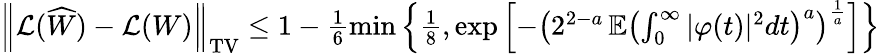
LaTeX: \begin{array}{r}{\left\| \mathcal{L}(\widehat{W})-\mathcal{L}(W)\right\| _{\mathrm{TV}}\leq 1-\frac{1}{6}\operatorname*{min}\left\{ \frac{1}{8},\exp\left[-\left(2^{2-a}\, \mathbb{E}\left(\int_{0}^{\infty}|\varphi(t)|^{2}dt\right)^{a}\right)^{\frac{1}{a}}\right]\right\} }\end{array}